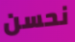
نحسن